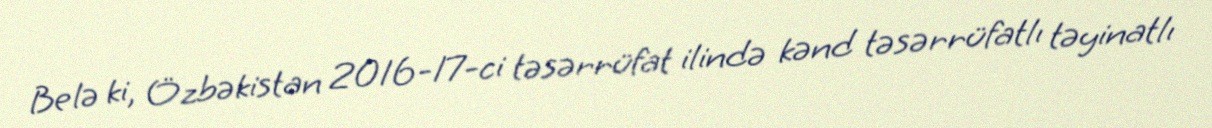
Belə ki, Özbəkistan 2016-17-ci təsərrüfat ilində kənd təsərrüfatlı təyinatlı